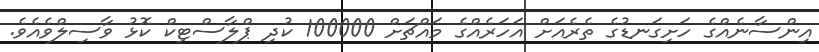
އިންސާނެއްގެ ހަށިގަނޑުގެ ތެރެއަށް އަހަރެއްގެ މައްޗަށް 100000 ކުދި ޕްލާސްޓިކް ކޮޅު ވާސިލްވެއެވެ.